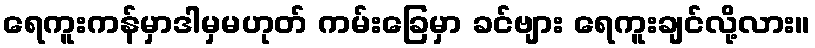
ရေကူးကန်မှာဒါမှမဟုတ် ကမ်းခြေမှာ ခင်ဗျား ရေကူးချင်လို့လား။